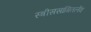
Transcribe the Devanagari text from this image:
स्त्रीससांगितलेंव